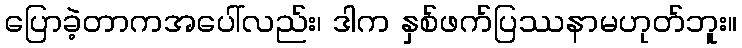
ပြောခဲ့တာကအပေါ်လည်း၊ ဒါက နှစ်ဖက်ပြဿနာမဟုတ်ဘူး။